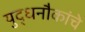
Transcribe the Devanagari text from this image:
युद्धनौकांचे